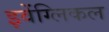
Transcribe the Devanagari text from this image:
इवेंग्लिकल